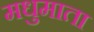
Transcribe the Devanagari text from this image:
मधुमाता